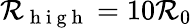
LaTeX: \mathcal{R}_{\mathrm{~h~i~g~h~}}=10\mathcal{R}_{0}